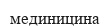
мединицина